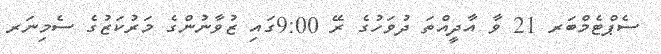
ސެޕްޓެމްބަރ 21 ވާ އާދީއްތަ ދުވަހުގެ ރޭ 9:00ގައި ޒުވާނުންގެ މަރުކަޒުގެ ސެމިނަރ